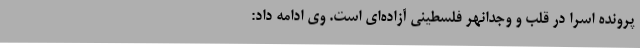
پرونده اسرا در قلب و وجدانهر فلسطینی آزاده‌ای است. وی ادامه داد: